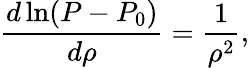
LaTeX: \frac{d\ln(P-P_{0})}{d\rho}=\frac{1}{\rho^{2}},